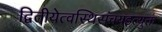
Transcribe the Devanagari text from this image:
द्वितीयेत्वस्थिसंचयइत्युक्तं